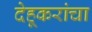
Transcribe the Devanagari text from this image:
देहूकरांचा